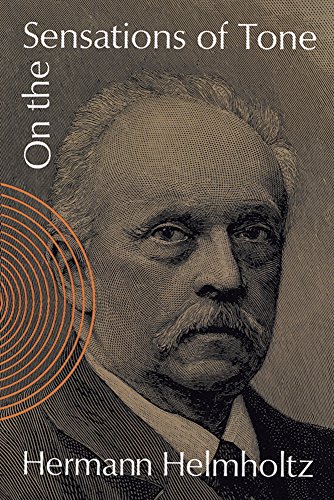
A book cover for On the Sensations of Tone (Dover Books on Music); Hermann Helmholtz; Science & Math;